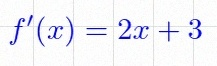
f'(x)=2x+3